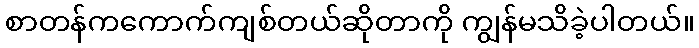
စာတန်ကကောက်ကျစ်တယ်ဆိုတာကို ကျွန်မသိခဲ့ပါတယ်။